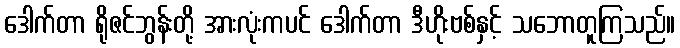
ဒေါက်တာ ရိုဇင်ဘွန်းတို့ အားလုံးကပင် ဒေါက်တာ ဒီဟိုးဗစ်နှင့် သဘောတူကြသည်။